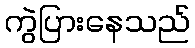
ကွဲပြားနေသည်